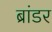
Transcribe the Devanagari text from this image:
ब्रांडर